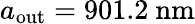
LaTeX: a_{\mathrm{out}}=901.2\ \mathrm{nm}